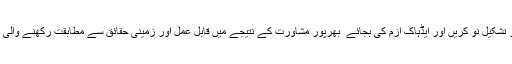
خیبرپختونخوا کی حکومت کی میرٹ پر تشکیل نو کریں اور ایڈہاک ازم کی بجائے ٗ بھرپور مشاورت کے نتیجے میں قابل عمل اور زمینی حقائق سے مطابقت رکھنے والی پالیسیاں بناکر قوم کے سامنے رکھ دیں۔